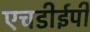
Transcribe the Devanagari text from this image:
एचडीईपी